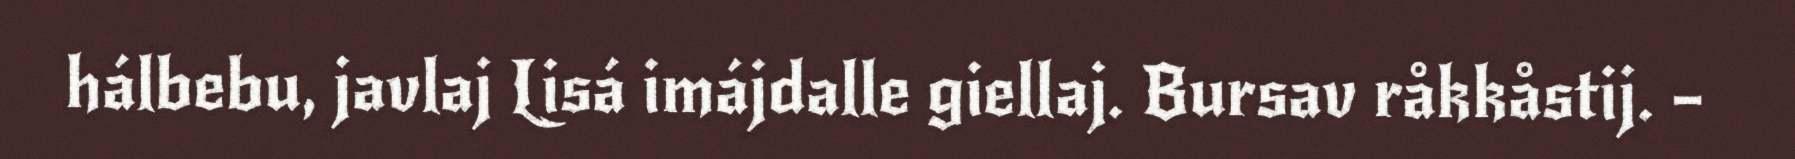
hálbebu, javlaj Lisá imájdalle giellaj. Bursav råkkåstij. –